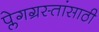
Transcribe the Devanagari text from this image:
प्लेगग्रस्तांसाठी